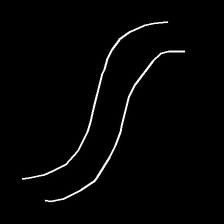
Glyph: float